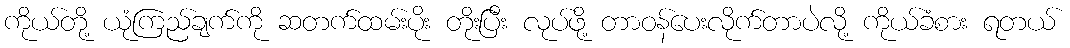
ကိုယ်တို့ ယုံကြည်ချက်ကို ဆတက်ထမ်းပိုး တိုးပြီး လုပ်ဖို့ တာဝန်ပေးလိုက်တာပဲလို့ ကိုယ်ခံစား ရတယ်